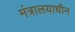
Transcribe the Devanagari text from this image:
मंत्रालयाधीन